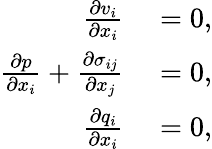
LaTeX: \begin{array}{rl}{\frac{\partial v_{i}}{\partial x_{i}}}&{{}=0,}\\ {\frac{\partial p}{\partial x_{i}}+\frac{\partial\sigma_{ij}}{\partial x_{j}}}&{{}=0,}\\ {\frac{\partial q_{i}}{\partial x_{i}}}&{{}=0,}\end{array}